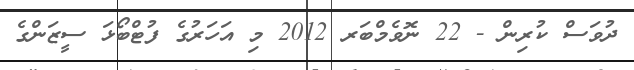
ދުވަސް ކުރިން - 22 ނޮވެމްބަރ 2012 މި އަހަރުގެ ފުޓްބޯޅަ ސީޒަންގެ